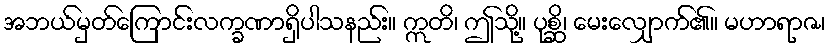
အဘယ်မှတ်ကြောင်းလက္ခဏာရှိပါသနည်း။ ဣတိ၊ ဤသို့။ ပုစ္ဆိ၊ မေးလျှောက်၏။ မဟာရာဇ၊